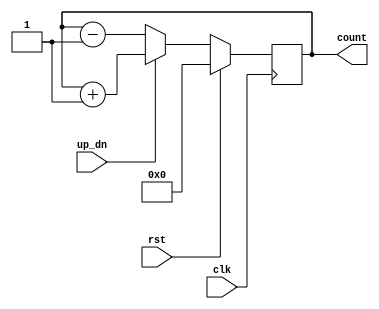
/******************************************************************************************************************

This source code is a work of its author. No part of it should be copied and pasted for any commercial purpose. 
This code is purely for educational purposes. If required, this code can be cloned from GitHub repository.

Filename	: up_dn_counter.v

Description	: 4-bit Binary Up/Down Counter Design with Synchronous Reset

Author Name	: Deep Kar Sarkar

Version		: 1.0

*******************************************************************************************************************/

module up_dn_counter(clk,rst,up_dn,count);
	
	//Defining the input and output ports
	input clk, rst, up_dn;
	output reg [3:0] count;
	
	//Logic for 4-bit binary up/down counter with synchronous reset 
	always @(posedge clk)
	begin
		if(rst)
			count <= 4'b0000;
		else 
		begin
			if(up_dn)
				count <= count+1'b1;
			else
			 count <= count-1'b1;
		end
	end
	
endmodule